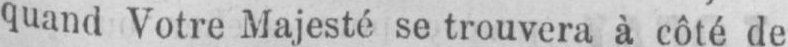
quand Votre Majesté se trouvera à côté de